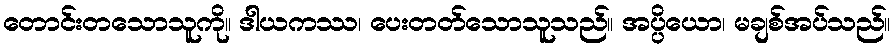
တောင်းတသောသူကို။ ဒါယကဿ၊ ပေးတတ်သောသူသည်။ အပ္ပိယော၊ မချစ်အပ်သည်။